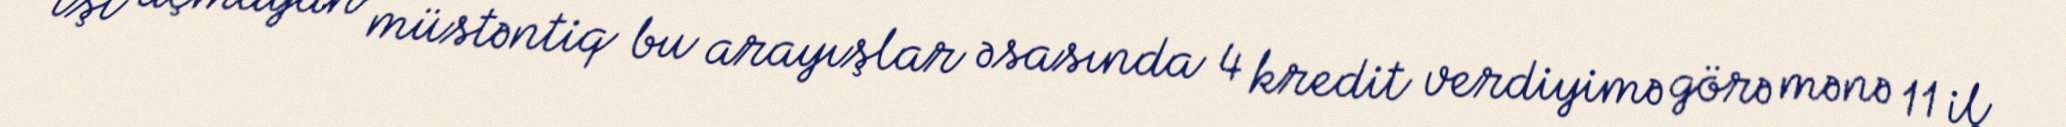
işi açmayan müstəntiq bu arayışlar əsasında 4 kredit verdiyimə görə mənə 11 il